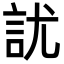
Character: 訧